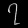
Digit: ၇